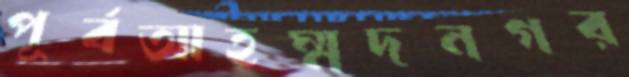
পূর্বআহম্মদনগর